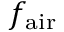
f _ { \mathrm { a i r } }